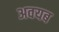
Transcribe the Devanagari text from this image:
अवयब